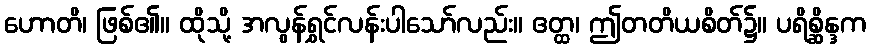
ဟောတိ၊ ဖြစ်၏။ ထိုသို့ အလွန်ရွှင်လန်းပါသော်လည်း။ ဧတ္ထ၊ ဤတတိယစိတ်၌။ ပရိစ္ဆိန္ဒက